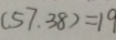
( 5 7 . 3 8 ) = 1 9